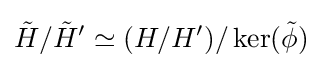
{\tilde {H}}/{\tilde {H}}'\simeq (H/H')/\ker({\tilde {\phi }})